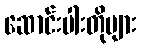
ဆောင်းပါးတိုများ